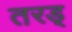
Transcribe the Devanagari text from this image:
तरड्